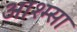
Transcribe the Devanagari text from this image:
आश्म्सा